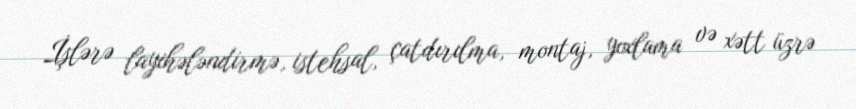
İşlərə layihələndirmə, istehsal, çatdırılma, montaj, yoxlama və xətt üzrə